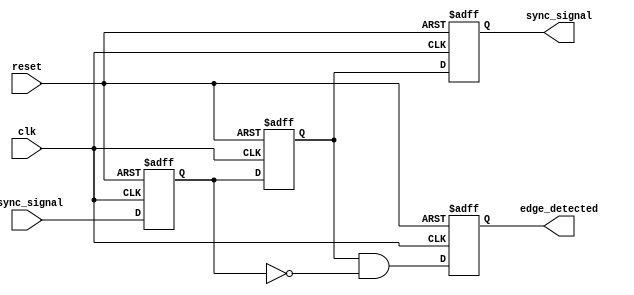
module async_to_sync_converter (
    input wire async_signal,       // Asynchronous input signal from memory blocks
    input wire clk,               // Synchronous clock signal
    input wire reset,             // Reset signal
    output reg sync_signal,       // Synchronized output signal
    output reg edge_detected      // Edge detection output
);

    // Internal signals for synchronizer
    reg sync_ff1, sync_ff2;

    // Dual flip-flop synchronizer
    always @(posedge clk or posedge reset) begin
        if (reset) begin
            sync_ff1 <= 1'b0;
            sync_ff2 <= 1'b0;
        end else begin
            sync_ff1 <= async_signal; // First stage of synchronization
            sync_ff2 <= sync_ff1;     // Second stage of synchronization
        end
    end

    // Output synchronized signal
    always @(posedge clk or posedge reset) begin
        if (reset) begin
            sync_signal <= 1'b0;
        end else begin
            sync_signal <= sync_ff2;   // Output the synchronized signal
        end
    end

    // Edge detection logic
    always @(posedge clk or posedge reset) begin
        if (reset) begin
            edge_detected <= 1'b0;
        end else begin
            edge_detected <= (sync_ff2 && !sync_ff1); // Rising edge detection
            // Uncomment the following line for falling edge detection
            // edge_detected <= (!sync_ff2 && sync_ff1); // Falling edge detection
        end
    end

endmodule